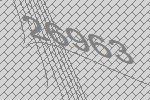
26963